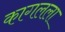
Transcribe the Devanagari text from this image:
कागलला